Burma Government Medical School reports 1907-22
Year: 1907
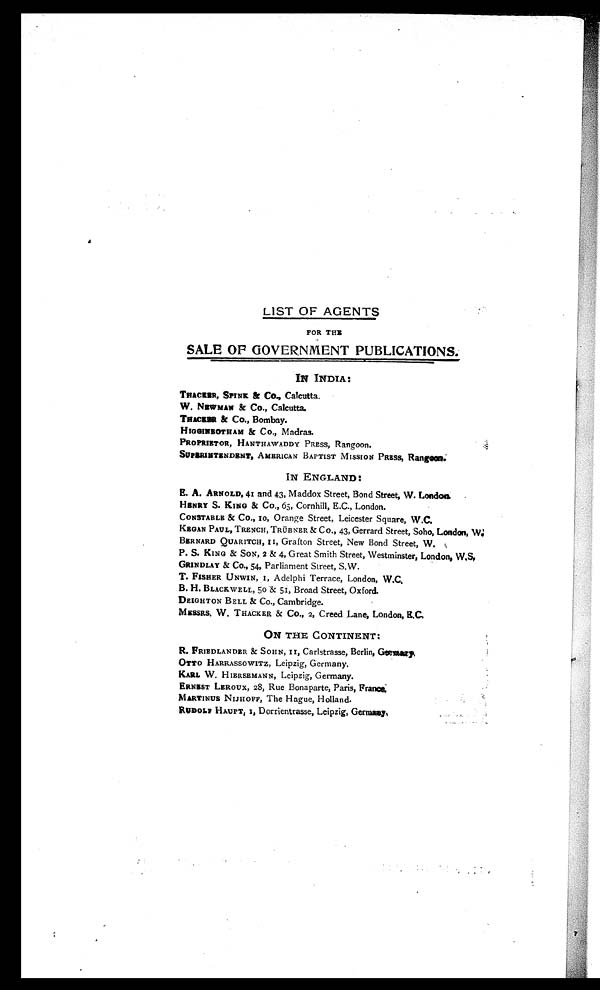
LIST OF AGENTS
FOR THE
SALE OF GOVERNMENT PUBLICATIONS.
IN INDIA:
THACKER, SPINK & Co., Calcutta.
W. NEWMAN & Co., Calcutta.
THACKER & Co., Bombay.
HIGGINBOTHAM & Co., Madras.
PROPRIETOR, HANTHAWADDY PRESS, Rangoon.
SUPERINTENDENT, AMERICAN BAPTIST MISSION PRESS, Rangoon.
IN ENGLAND:
E. A. ARNOLD, 41 and 43, Maddox Street, Bond Street, W. London.
HENRY S. KING & Co., 65, Cornhill, E.C., London.
CONSTABLE & Co., 10, Orange Street, Leicester Square, W.C.
KEGAN PAUL, TRENCH, TRÜBNER & Co., 43, Gerrard Street, Soho, London, W.
BERNARD QUARITCH, 11, Grafton Street, New Bond Street, W.
P. S. KING & SON, 2 & 4, Great Smith Street, Westminster, London, W.S
.
GRINDLAY & Co., 54, Parliament Street, S.W.
T. FISHER UNWIN, 1, Adelphi Terrace, London, W.C.
B. H. BLACKWELL, 50 & 51, Broad Street, Oxford.
DEIGHTON BELL & Co., Cambridge.
MESSRS. W. THACKER & Co., 2, Creed Lane, London, E.C.
ON THE CONTINENT:
R. FRIEDLANDER & SOHN, 11, Carlstrasse, Berlin, G
ermany.
OTTO HARRASSOWITZ, Leipzig, Germany.
KARL W. HIERSEMANN, Leipzig, Germany.
ERNEST LEROUX, 28, Rue Bonaparte, Paris, Franc
e.
MARTINUS NIJHOFF, The Hague, Holland.
RUDOLF HAUFT, 1, Dorrientrasse, Leipzig, Germany.